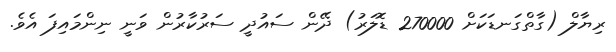
ރިޔާލް (ގާތްގަނޑަކަށް 270000 ޑޮލަރު) ދޭން ސައުދީ ސަރުކާރުން ވަނީ ނިންމައިފަ އެވެ.